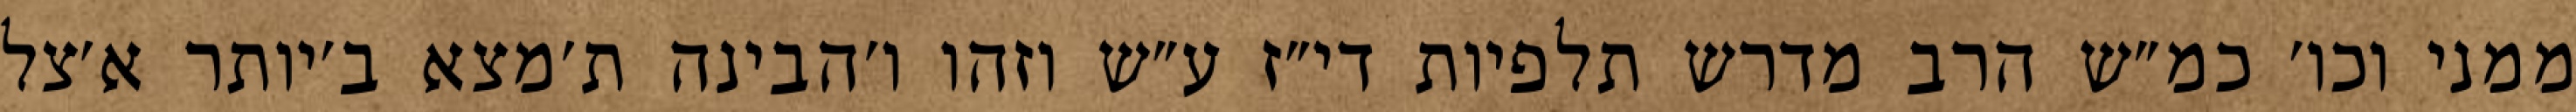
ממני וכו׳ כמ״ש הרב מדרש תלפיות די״ז ע״ש וזהו ו׳הבינה ת׳מצא ב׳יותר א׳צל